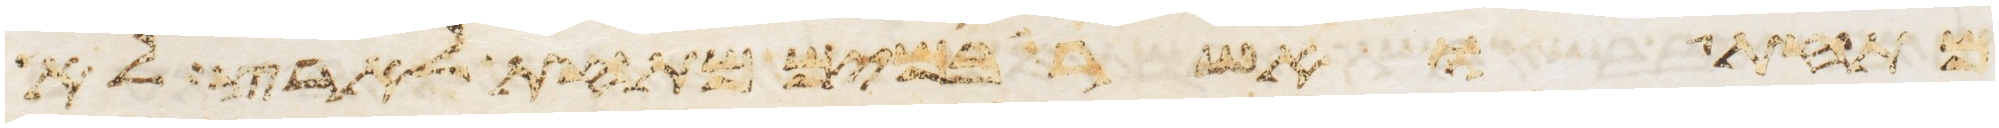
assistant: מתחת ואשר במים מתחת לארץ לא